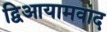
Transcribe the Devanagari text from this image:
द्विआयामवाद